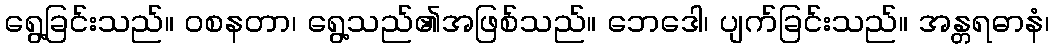
ရွေ့ခြင်းသည်။ ဝစနတာ၊ ရွေ့သည်၏အဖြစ်သည်။ ဘေဒေါ၊ ပျက်ခြင်းသည်။ အန္တရဓာနံ၊